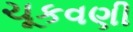
ચૂકવણી